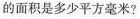
的面积是多少平方毫米?